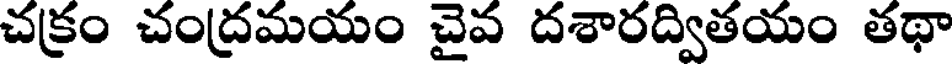
చక్రం చంద్రమయం చైవ దశారద్వితయం తథా